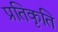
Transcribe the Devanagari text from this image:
प्रतिकृति